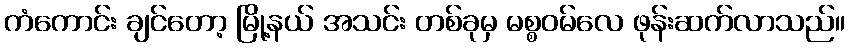
ကံကောင်း ချင်တော့ မြို့နယ် အသင်း တစ်ခုမှ မစ္စဝမ်လေ ဖုန်းဆက်လာသည်။